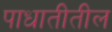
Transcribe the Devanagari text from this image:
पाधातीतील